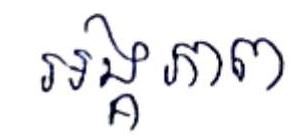
អង្គភាព